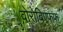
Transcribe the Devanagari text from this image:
वोरोबिएफफ